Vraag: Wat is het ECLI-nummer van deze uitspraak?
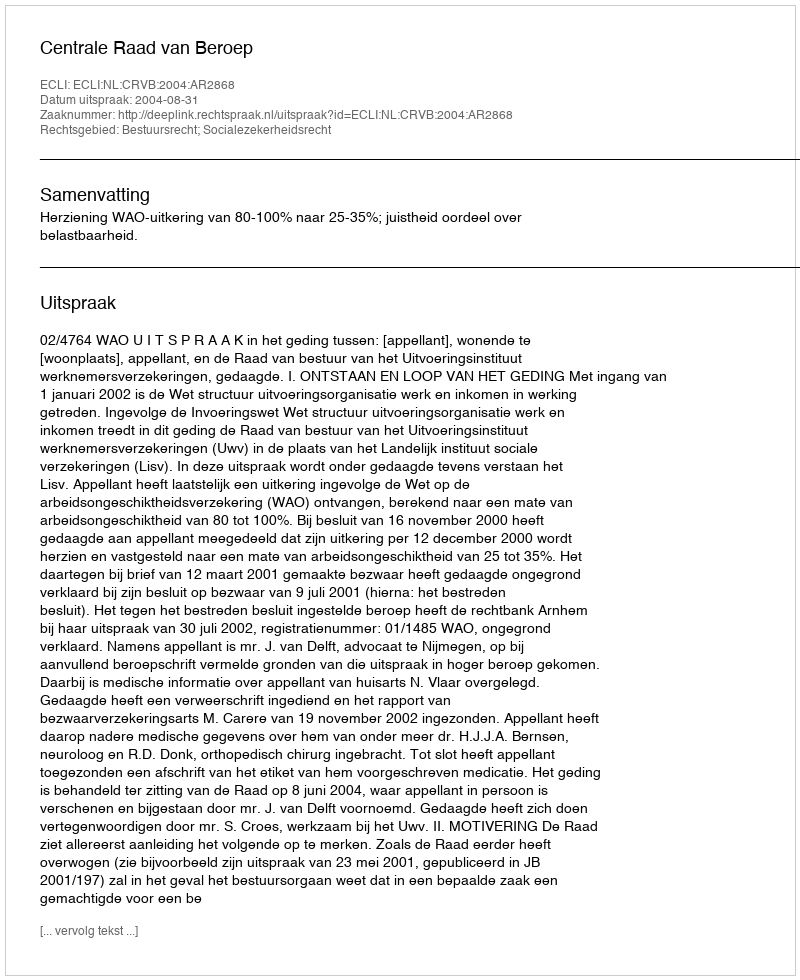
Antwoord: ECLI:NL:CRVB:2004:AR2868